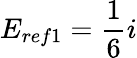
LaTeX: E_{ref1}=\frac{1}{6}i